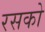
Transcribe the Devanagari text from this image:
रसको